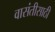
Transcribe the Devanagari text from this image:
वासंतीसाठी